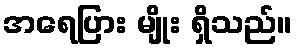
အရေပြား မျိုး ရှိသည်။